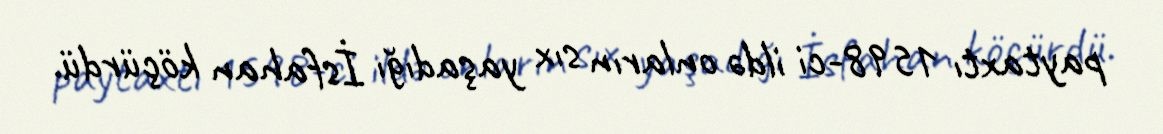
paytaxtı 1598-ci ildə onların sıx yaşadığı İsfahan köçürdü.